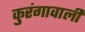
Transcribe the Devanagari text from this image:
कुरंगावाली